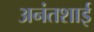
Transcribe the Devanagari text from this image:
अनंतशाई